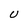
Character: U